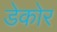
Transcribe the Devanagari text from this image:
डेकोर